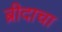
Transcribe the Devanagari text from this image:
ब्रीदाचा